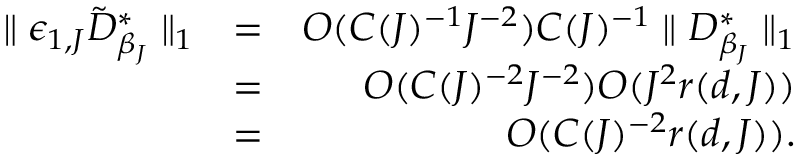
\begin{array} { r l r } { \parallel \epsilon _ { 1 , J } \tilde { D } _ { \beta _ { J } } ^ { * } \parallel _ { 1 } } & { = } & { O ( C ( J ) ^ { - 1 } J ^ { - 2 } ) C ( J ) ^ { - 1 } \parallel D _ { \beta _ { J } } ^ { * } \parallel _ { 1 } } \\ & { = } & { O ( C ( J ) ^ { - 2 } J ^ { - 2 } ) O ( J ^ { 2 } r ( d , J ) ) } \\ & { = } & { O ( C ( J ) ^ { - 2 } r ( d , J ) ) . } \end{array}